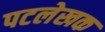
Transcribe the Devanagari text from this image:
पटलेखक